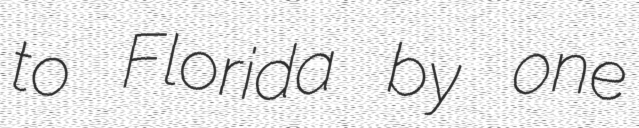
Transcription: to Florida by one